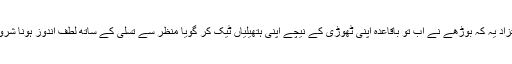
اوپر سے مستزاد یہ کہ بوڑھے نے اب تو باقاعدہ اپنی ٹھوڑی کے نیچے اپنی ہتھیلیاں ٹیک کر گویا منظر سے تسلی کے ساتھ لطف اندوز ہونا شروع کر دیا تھا۔